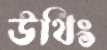
উথিং